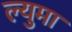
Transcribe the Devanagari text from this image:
ल्युमा